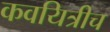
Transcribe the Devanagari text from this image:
कवयित्रीच